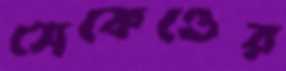
সেকেণ্ডের